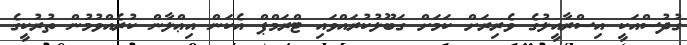
ގުދުސްއަކީ އިސްރާއީލުގެ ވެރިރަށް ކަމަށް ގަބޫލުކުރައްވައި ޓްރަމްޕް އެކަން އިޢްލާން ކުރެއްވުމުން ތުރުކީގެ